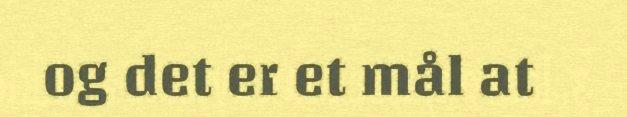
og det er et mål at